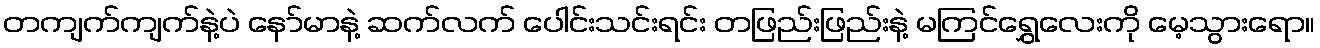
တကျက်ကျက်နဲ့ပဲ နော်မာနဲ့ ဆက်လက် ပေါင်းသင်းရင်း တဖြည်းဖြည်းနဲ့ မကြင်ရွှေလေးကို မေ့သွားရော။